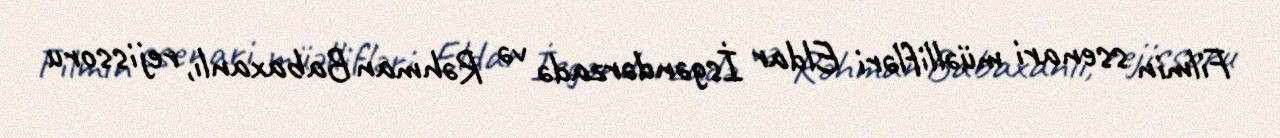
Filmin ssenari müəllifləri Eldar İsgəndərzadə və Rəhman Babaxanlı, rejissoru